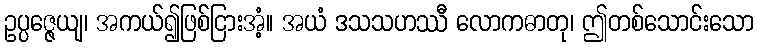
ဥပ္ပဇ္ဇေယျ၊ အကယ်၍ဖြစ်ငြားအံ့။ အယံ ဒသသဟဿီ လောကဓာတု၊ ဤတစ်သောင်းသော